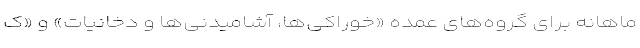
ماهانه برای گروه‌های عمده «خوراکی‌ها، آشامیدنی‌ها و دخانیات» و «ک